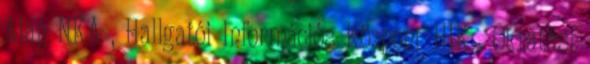
Alap NKA , Hallgatói Információs Központ HIK , Oktatási